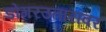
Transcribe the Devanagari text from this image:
डोंगरउतारांवर